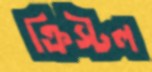
ক্রিস্টল